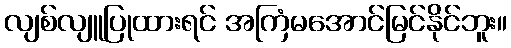
လျစ်လျူပြုထားရင် အကြံမအောင်မြင်နိုင်ဘူး။